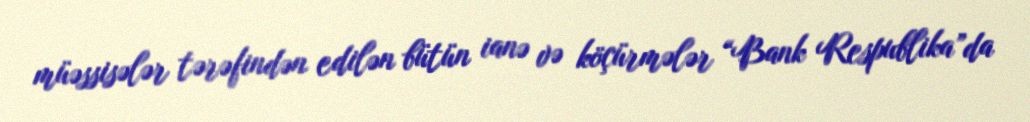
müəssisələr tərəfindən edilən bütün ianə və köçürmələr “Bank Respublika”da